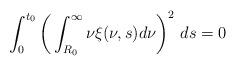
LaTeX: \begin{align*}\int_{0}^{t_{0}}\bigg(\int_{R_{0}}^{\infty}\nu\xi(\nu,s)d\nu\bigg)^{2}\ ds=0\end{align*}%\end{align*}